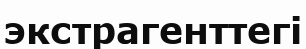
экстрагенттегі